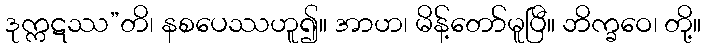
ဒုက္ကဋဿ”တိ၊ နစပေဿဟူ၍။ အာဟ၊ မိန့်တော်မူပြီ။ ဘိက္ခဝေ၊ တို့။